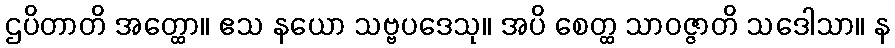
ဌပိတာတိ အတ္ထော။ ဧသ နယော သဗ္ဗပဒေသု။ အပိ စေတ္ထ သာဝဇ္ဇာတိ သဒေါသာ။ န